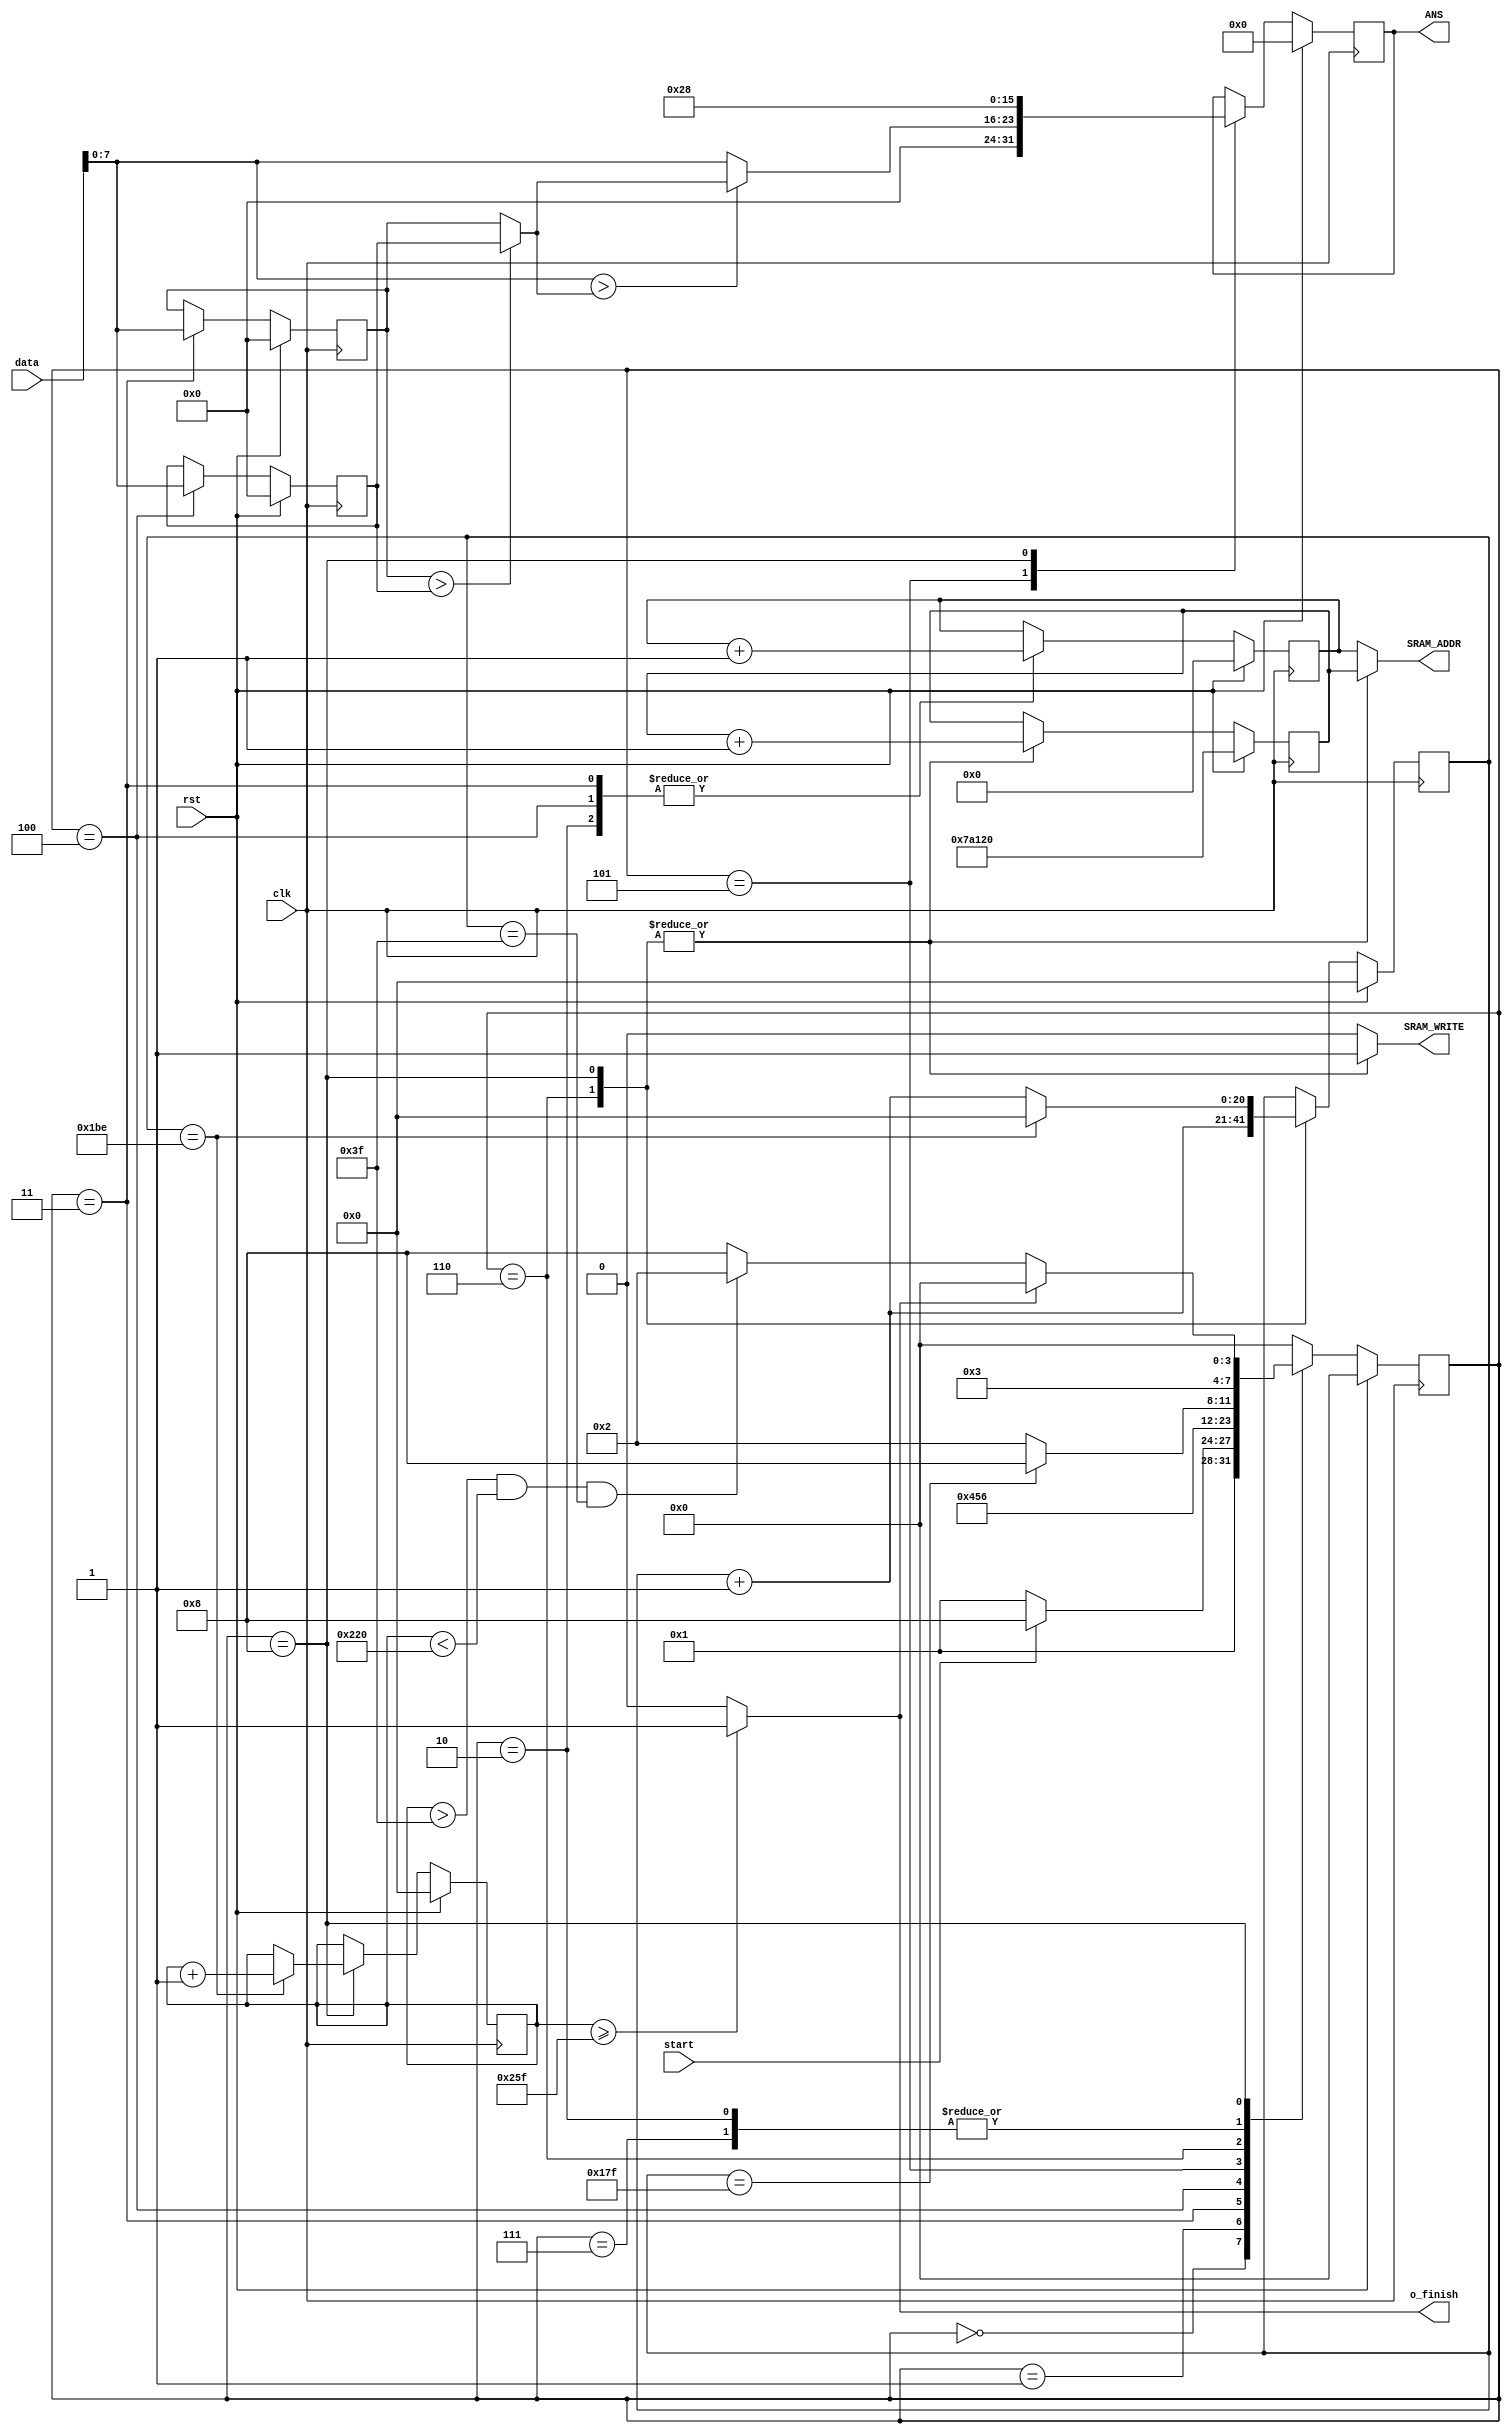
module dark(input clk,
			input rst,
			input start,
			input  [15:0] data,
			output [15:0] ANS,
			output [19:0] SRAM_ADDR,
			output        SRAM_WRITE,
			output o_finish


	);
		
	parameter IDLE=0;
	parameter WAIT=1;
	parameter PRE=2;
	parameter LOAD_R=3;
	parameter LOAD_G=4;
	parameter LOAD_B=5;
	parameter OUTPUT_0=6;
	parameter OUTPUT_1=7;
	parameter OUTPUT_ZERO=8;
	
	parameter MEMORY_OFFSET_INIT=500000;
	parameter MEMORY_OFFSET=500000+64*(320+64+63)+64;
	reg [15:0] ans, ans_nxt;
	reg [19:0] sram_addr;
	reg [19:0] sram_read_addr,sram_read_addr_nxt;
	reg [19:0] sram_write_addr,sram_write_addr_nxt;
	reg        sram_write; 
	reg [3:0] state, state_nxt;
	reg       finish;
	reg [20:0] h_count, h_count_nxt, v_count, v_count_nxt;
	reg [7:0] red, red_nxt;
	reg [7:0] green, green_nxt;
	reg [7:0] blue, blue_nxt;
	reg [7:0] red_green_min;
	reg [100:0] write_count,write_count_nxt;
	
	
	assign ANS=ans;
	assign SRAM_ADDR=sram_addr;
	assign SRAM_WRITE=sram_write;
	assign o_finish = finish;
	
	always@(*)
	begin
		case(state)
			IDLE:
			begin
				state_nxt=WAIT;
			end
			WAIT:
			begin
				if(start)
				begin
					state_nxt=OUTPUT_ZERO;
				end
				else
				begin
					state_nxt=WAIT;
				end			
			end
			PRE:
			begin
				state_nxt=LOAD_R;
			end
			LOAD_R:
			begin
				state_nxt=LOAD_G;
			end
			LOAD_G:
			begin
				state_nxt=LOAD_B;
			end
			LOAD_B:
			begin
				state_nxt=OUTPUT_0;
			end
			OUTPUT_0:
			begin
				if(h_count==64+320-1)
				begin
					state_nxt=OUTPUT_ZERO;
				end
				else
				begin
					state_nxt=PRE;
				end
			end
			OUTPUT_1:
			begin
				state_nxt=LOAD_R;
			end
			OUTPUT_ZERO:
			begin
				if(finish)
				begin
					state_nxt=IDLE;
				end
				else if( (v_count>64-1) && (v_count<64-1+480+1) && (h_count==63) )
				begin
					state_nxt=PRE;
				end
				else
				begin
					state_nxt=OUTPUT_ZERO;
				end
			end
			default:
			begin
				state_nxt=IDLE;
			end
		endcase
	end
	always@(posedge clk)
	begin
		if(rst)
		begin
			state<=0;
		end
		else
		begin
			state<=state_nxt;
		end
	end
	
	always@(*)
	begin
		h_count_nxt=h_count;
		red_nxt=red;
		green_nxt=green;
		blue_nxt=blue;
		ans_nxt=ans;
		sram_read_addr_nxt=sram_read_addr;
		sram_write_addr_nxt=sram_write_addr;
		sram_write=0;
		v_count_nxt=v_count;
		write_count_nxt=write_count;
		sram_addr=sram_read_addr;
		
		case(state)
			IDLE:
			begin
			end
			WAIT:
			begin
			end			
			PRE:
			begin
				sram_read_addr_nxt=sram_read_addr+1;
			end
			LOAD_R:
			begin
				red_nxt=data[7:0];
				sram_read_addr_nxt=sram_read_addr+1;
			end
			LOAD_G:
			begin
				green_nxt=data[7:0];
				sram_read_addr_nxt=sram_read_addr+1;
			end
			LOAD_B:
			begin
				blue_nxt=data[7:0];
				//sram_read_addr_nxt=sram_read_addr+1;
				if(blue_nxt>red_green_min)
				begin
					ans_nxt={8'd0,red_green_min};
				end
				else
				begin
					ans_nxt={8'd0,blue_nxt};			
				end	
				
			end
			OUTPUT_0:
			begin
				sram_write=1;
				write_count_nxt=write_count+1;
				sram_write_addr_nxt=sram_write_addr+1;
				h_count_nxt=h_count+1;
				sram_addr=sram_write_addr;
			end
			OUTPUT_1:
			begin
				
			end
			OUTPUT_ZERO:
			begin
				sram_write=1;
				write_count_nxt=write_count+1;
				sram_write_addr_nxt=sram_write_addr+1;
				ans_nxt={ 8'd0, 8'd40};
				sram_addr=sram_write_addr;
				if(h_count==64+320+63-1)
				begin
					v_count_nxt=v_count+1;
					h_count_nxt=0;
				end
				else
				begin
					h_count_nxt=h_count+1;
				end
			end
			
			default:
			begin
				red_nxt=red;
			end
		endcase
		

		if (v_count>=64+480+63)
 		begin
			finish=1;
		end
		else
		begin
			finish=0;
		end
		if(red>green)
		begin
			red_green_min=green;
		end
		else
		begin
			red_green_min=red;
		end
		
	end
	always@(posedge clk)
	begin
		if(rst)
		begin
			h_count<=0;
			v_count<=0;
			red<=0;
			green<=0;
			sram_write_addr<=MEMORY_OFFSET_INIT;
			blue<=0;
			ans<=0;
			sram_read_addr<=0;
			write_count<=0;
		end
		else
		begin
			h_count<=h_count_nxt;
			v_count<=v_count_nxt;
			red<=red_nxt;
			green<=green_nxt;
			ans<=ans_nxt;
			sram_read_addr<=sram_read_addr_nxt;
			sram_write_addr<=sram_write_addr_nxt;
			blue<=blue_nxt;
			write_count<=write_count_nxt;
		end
	end	

endmodule